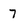
Character: 7